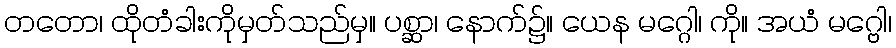
တတော၊ ထိုတံခါးကိုမှတ်သည်မှ။ ပစ္ဆာ၊ နောက်၌။ ယေန မဂ္ဂေါ၊ ကို။ အယံ မဂ္ဗေါ၊